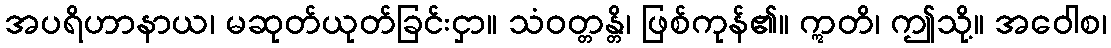
အပရိဟာနာယ၊ မဆုတ်ယုတ်ခြင်းငှာ။ သံဝတ္တန္တိ၊ ဖြစ်ကုန်၏။ ဣတိ၊ ဤသို့။ အဝေါစ၊